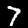
Digit: 7